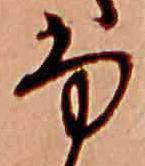
ふ